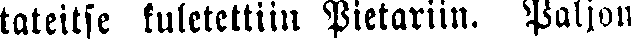
tateitse tuleteltiin Pietariin. Paljon